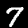
Digit: 7